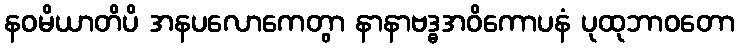
နဝမိယာတိပိ အနပလောကေတွာ နာနာဗဒ္ဓအဝိကောပနံ ပုထုဘာဝတော